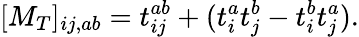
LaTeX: [M_{T}]_{ij,ab}=t_{ij}^{ab}+(t_{i}^{a}t_{j}^{b}-t_{i}^{b}t_{j}^{a}).